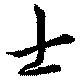
士